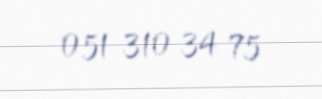
051 310 34 75